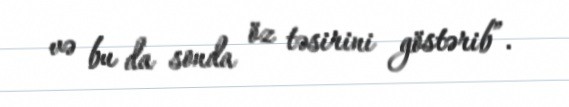
və bu da sonda öz təsirini göstərib”.